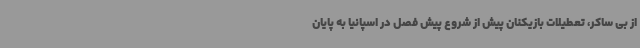
از بی ساکر، تعطیلات بازیکنان پیش از شروع پیش فصل در اسپانیا به پایان